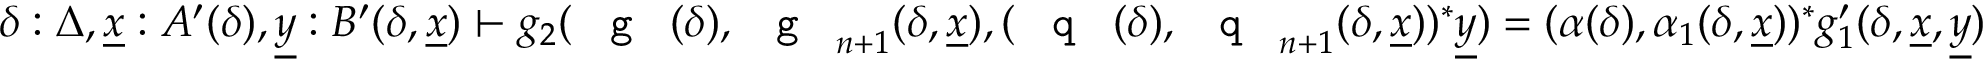
\delta : \Delta , \underline { { x } } : A ^ { \prime } ( \delta ) , \underline { { y } } : B ^ { \prime } ( \delta , \underline { { x } } ) \vdash g _ { 2 } ( \textnormal { \texttt { g } } ( \delta ) , \textnormal { \texttt { g } } _ { n + 1 } ( \delta , \underline { { x } } ) , ( \textnormal { \texttt { q } } ( \delta ) , \textnormal { \texttt { q } } _ { n + 1 } ( \delta , \underline { { x } } ) ) ^ { * } \underline { { y } } ) = ( \alpha ( \delta ) , \alpha _ { 1 } ( \delta , \underline { { x } } ) ) ^ { * } g _ { 1 } ^ { \prime } ( \delta , \underline { { x } } , \underline { { y } } )